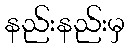
နည်းနည်းမှ